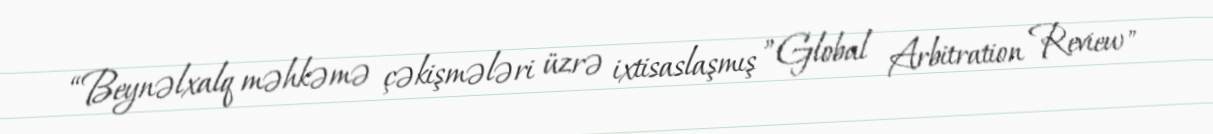
“Beynəlxalq məhkəmə çəkişmələri üzrə ixtisaslaşmış ”Global Arbitration Review"